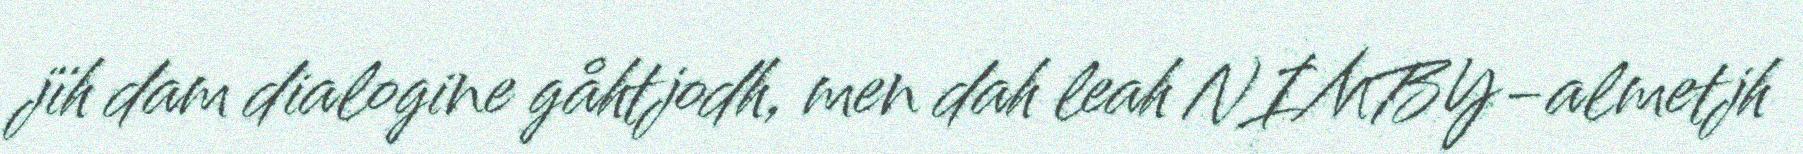
jïh dam dialogine gåhtjodh, men dah leah NIMBY-almetjh